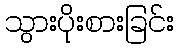
သွားပိုးစားခြင်း